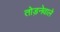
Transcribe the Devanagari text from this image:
तोड़नेवाले